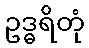
ဥဒ္ဓရိတုံ